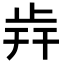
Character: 𣥭